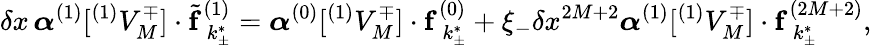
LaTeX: \delta x\, \boldsymbol{\alpha}^{(1)}[^{(1)}V_{M}^{\mp}]\cdot\tilde{\mathbf{f}}_{\hphantom{(}k_{\pm}^{*}}^{(1)}=\boldsymbol{\alpha}^{(0)}[^{(1)}V_{M}^{\mp}]\cdot\mathbf{f}_{\hphantom{(}k_{\pm}^{*}}^{(0)}+\xi_{-}\delta x^{2M+2}\boldsymbol{\alpha}^{(1)}[^{(1)}V_{M}^{\mp}]\cdot\mathbf{f}_{\hphantom{(}k_{\pm}^{*}}^{(2M+2)},